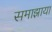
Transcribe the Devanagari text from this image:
समाझाया